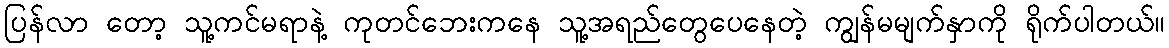
ပြန်လာ တော့ သူ့ကင်မရာနဲ့ ကုတင်ဘေးကနေ သူ့အရည်တွေပေနေတဲ့ ကျွန်မမျက်နှာကို ရိုက်ပါတယ်။